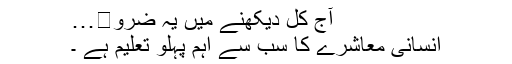
آج کل دیکھنے میں یہ ضرو�…
انسانی معاشرے کا سب سے اہم پہلو تعلیم ہے ۔